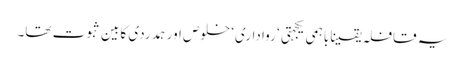
یہ قافلہ یقینا باہمی یکجہتی ‘ رواداری‘ خلوص اور ہمدردی کا بین ثبوت تھا۔